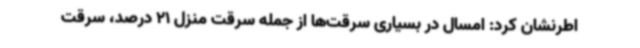
اطرنشان کرد: امسال در بسیاری سرقت‌ها از جمله سرقت منزل 21 درصد، سرقت